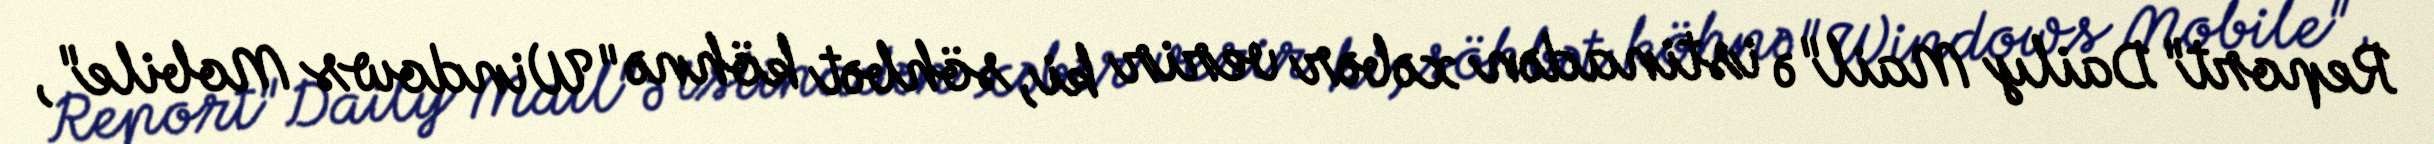
Report"Daily Mail"ə istinadən xəbər verir ki, söhbət köhnə "Windows Mobile",